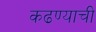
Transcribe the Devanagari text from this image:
कढण्याची